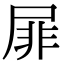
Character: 屝